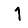
Digit: 1